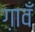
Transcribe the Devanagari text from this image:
ग़ावँ